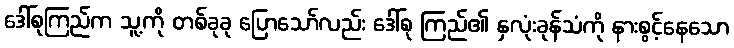
ဒေါ်စုကြည်က သူ့ကို တစ်ခုခု ပြောသော်လည်း ဒေါ်စု ကြည်၏ နှလုံးခုန်သံကို နားစွင့်နေသော